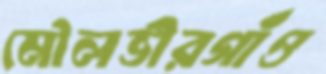
মৌলভীরগাঁও